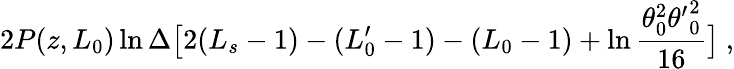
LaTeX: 2P(z,L_{0})\ln\Delta\bigl[2(L_{s}-1)-(L_{0}^{\prime}-1)-(L_{0}-1)+\ln\frac{\theta_{0}^{2}{\theta^{\prime}}_{0}^{2}}{16}\bigr]\ ,